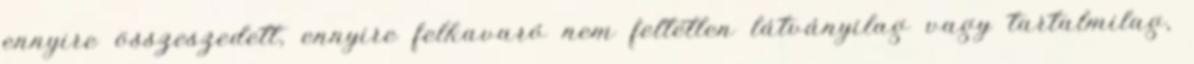
ennyire összeszedett, ennyire felkavaró nem feltétlen látványilag vagy tartalmilag,